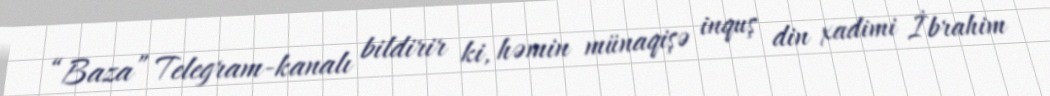
“Baza” Telegram-kanalı bildirir ki, həmin münaqişə inquş din xadimi İbrahim